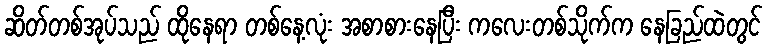
ဆိတ်တစ်အုပ်သည် ထိုနေရာ တစ်နေ့လုံး အစာစားနေပြီး ကလေးတစ်သိုက်က နေခြည်ထဲတွင်